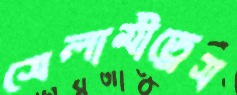
সেলামীড্রেস